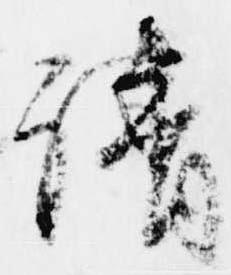
請